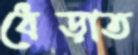
ধেব্‌ড়াত